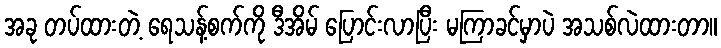
အခု တပ်ထားတဲ့ ရေသန့်စက်ကို ဒီအိမ် ပြောင်းလာပြီး မကြာခင်မှာပဲ အသစ်လဲထားတာ။